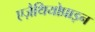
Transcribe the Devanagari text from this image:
एज़ैथियोप्राइन